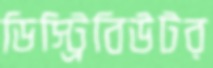
ডিস্ট্রিবিউটর